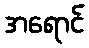
အရောင်